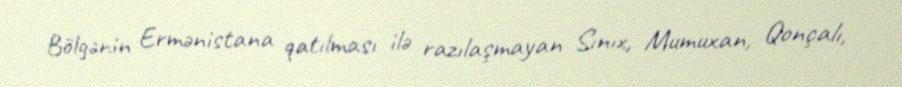
Bölgənin Ermənistana qatılması ilə razılaşmayan Sınıx, Mumuxan, Qonçalı,